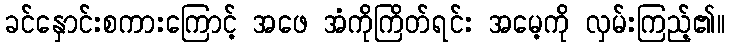
ခင်နှောင်းစကားကြောင့် အဖေ အံကိုကြိတ်ရင်း အမေ့ကို လှမ်းကြည့်၏။